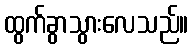
ထွက်ခွာသွားလေသည်။